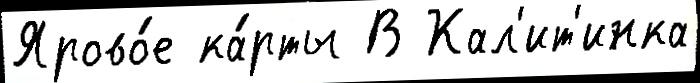
Ярово́е ка́рты В Кал'ит'инка